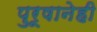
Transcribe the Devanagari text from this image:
पुरूषानेही